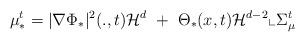
LaTeX: \begin{align*}\mu_{*}^t = |\nabla \Phi_{*}|^2(.,t) \mathcal{H}^{d}\ +\ \Theta_{*}(x,t)\mathcal{H}^{d-2}\llcorner \Sigma_\mu^t \end{align*}